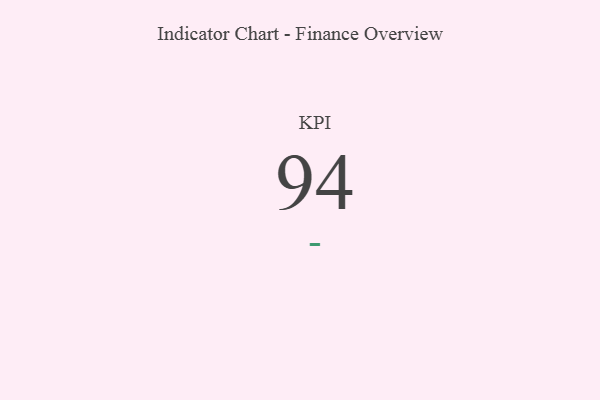
{"axis": {"x": "KPI", "y": "Value"}, "legend": [""], "data": [{"x": "KPI", "y": 94, "type": ""}]}